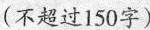
(不超过150字)